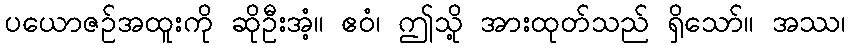
ပယောဇဉ်အထူးကို ဆိုဦးအံ့။ ဧဝံ၊ ဤသို့ အားထုတ်သည် ရှိသော်။ အဿ၊